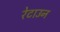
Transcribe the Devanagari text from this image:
रेटाउन